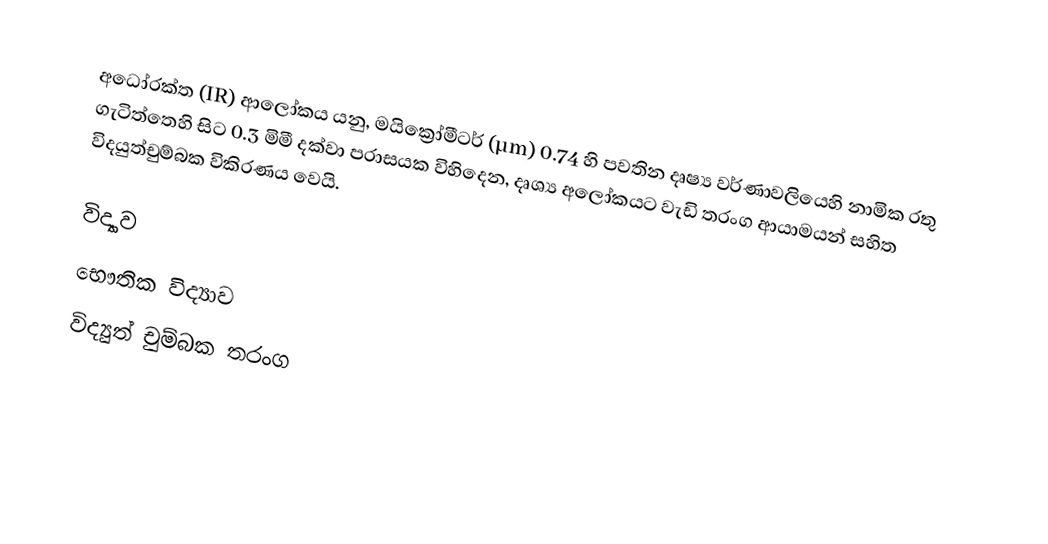
අධෝරක්ත (IR) ආලෝකය යනු,  මයික්‍රෝමීටර් (µm) 0.74 හි පවතින  දෘෂ්‍ය වර්ණාවලියෙහි නාමික රතු ගැටිත්තෙහි සිට 0.3 මිමී දක්වා පරාසයක විහිදෙන, දෘශ්‍ය අලෝකයට වැඩි තරංග ආයාමයන් සහිත විදයුත්චුම්බක විකිරණය වෙයි.

විද්‍යාව
භෞතික විද්‍යාව
විද්‍යුත් චුම්බක තරංග